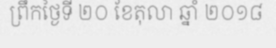
ព្រឹកថ្ងៃទី ២០ ខែតុលា ឆ្នាំ ២០១៨